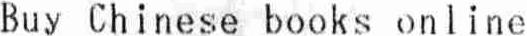
BUY CHINESE BOOKS ONLINE